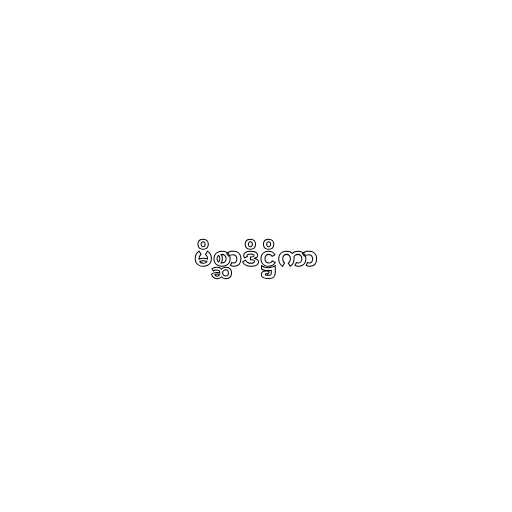
မိစ္ဆာဒိဋ္ဌိကာ